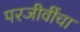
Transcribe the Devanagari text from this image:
परजीवींचा